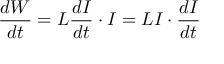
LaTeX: { \frac { d W } { d t } } = L { \frac { d I } { d t } } \cdot I = L I \cdot { \frac { d I } { d t } }